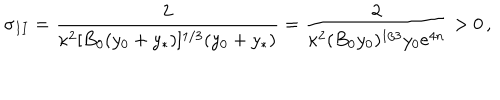
\sigma _ { I I } = { \frac { 2 } { \kappa ^ { 2 } [ B _ { 0 } ( y _ { 0 } + y _ { * } ) ] ^ { 1 / 3 } ( y _ { 0 } + y _ { * } ) } } = { \frac { 2 } { \kappa ^ { 2 } ( B _ { 0 } y _ { 0 } ) ^ { 1 / 3 } y _ { 0 } e ^ { 4 n } } } > 0 \, ,